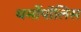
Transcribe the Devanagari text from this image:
थर्मोपॉलिस